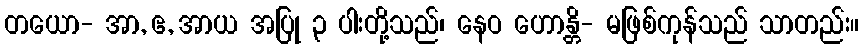
တယော- အာ, ဧ, အာယ အပြု ၃ ပါးတို့သည်၊ နေဝ ဟောန္တိ- မဖြစ်ကုန်သည် သာတည်း။